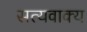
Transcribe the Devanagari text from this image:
सत्यवाक्य